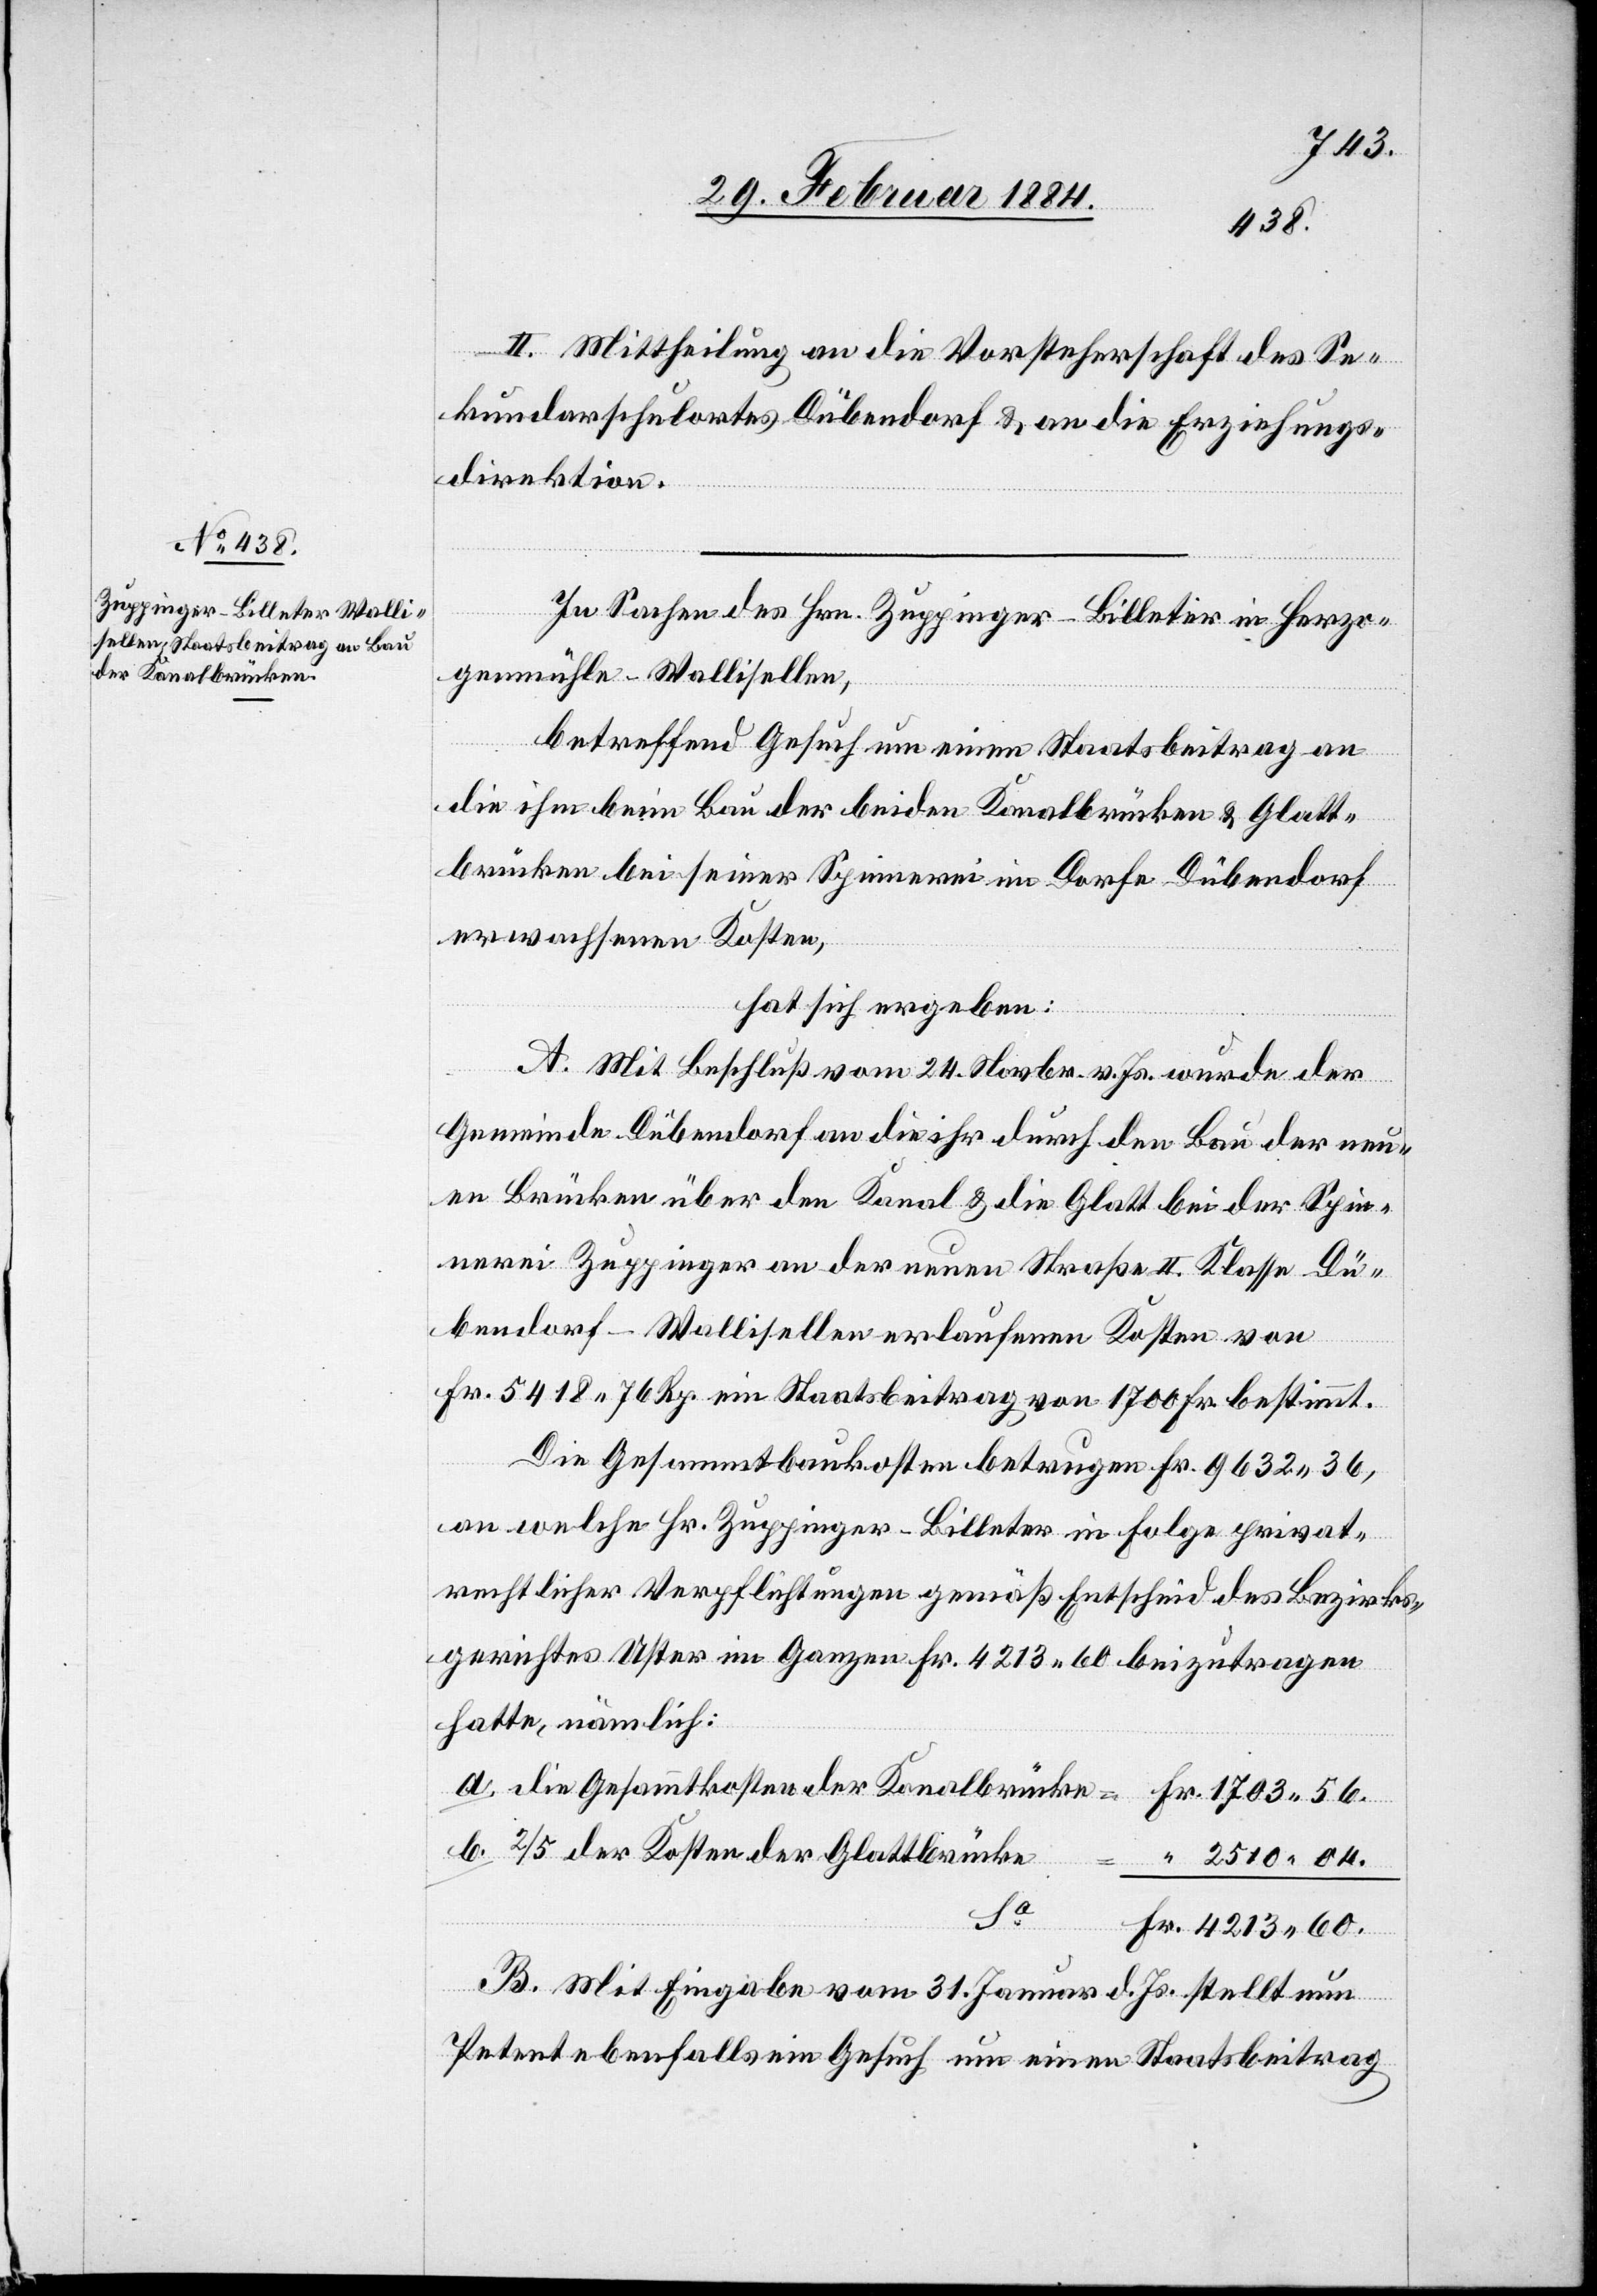
der Kanalbrücke

4213
56.
II. Mittheilung an die Vorsteherschaft des Se¬
kundarschulortes Dübendorf & an die Erziehungs¬
direktion.
In Sachen des Hrn. Zuppinger-Billeter in Herzo¬
genmühle - Wallisellen,
betreffend Gesuch um einen Staatsbeitrag an
die ihm beim Bau der beiden Kanalbrücken & Glatt¬
brücken bei seiner Spinnerei im Dorfe Dübendorf
erwachsenen Kosten,
hat sich ergeben:
A. Mit Beschluß vom 24. Novbr. v. Js. wurde der
Gemeinde Dübendorf an die ihr durch den Bau der neu¬
en Brücken über den Kanal & die Glatt bei der Spin¬
nerei Zuppinger an der neuen Straße II. Klasse Dü¬
bendorf–Wallisellen erlaufenen Kosten von
kosten
Fr. 5418 76 Rp. ein Staatsbeitrag von 1700 Fr. bestimmt.
Die Gesammtbaukosten betrugen Fr. 9632 36,
an welche Hr. Zuppinger-Billeter in Folge privat¬
rechtlicher Verpflichtungen gemäß Entscheid des Bezirks¬
gerichtes Uster im ganzen Fr. 4213 60 beizutragen
hatte, nämlich:
2/5 der Kosten der Glattbrücke
B. Mit Eingabe vom 31. Januar d. Js. stellt nun
Petent ebenfalls ein Gesuch um einen Staatsbeitrag